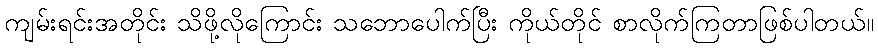
ကျမ်းရင်းအတိုင်း သိဖို့လိုကြောင်း သဘောပေါက်ပြီး ကိုယ်တိုင် စာလိုက်ကြတာဖြစ်ပါတယ်။